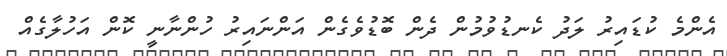
އެންމެ ކުޑައިރު ލަދު ކެނޑުވުމުން ދެން ބޮޑުވެގެން އަންނައިރު ހުންނާނީ ކޮން އަހުލާގެއް